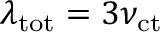
\lambda _ { \mathrm { t o t } } = 3 \nu _ { \mathrm { c t } }